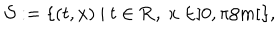
{ \mathcal { S } } : = \{ ( t , x ) ~ | ~ t \in { \bf { R } } , ~ x \in ] 0 , \pi / m [ \} ,